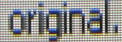
original.